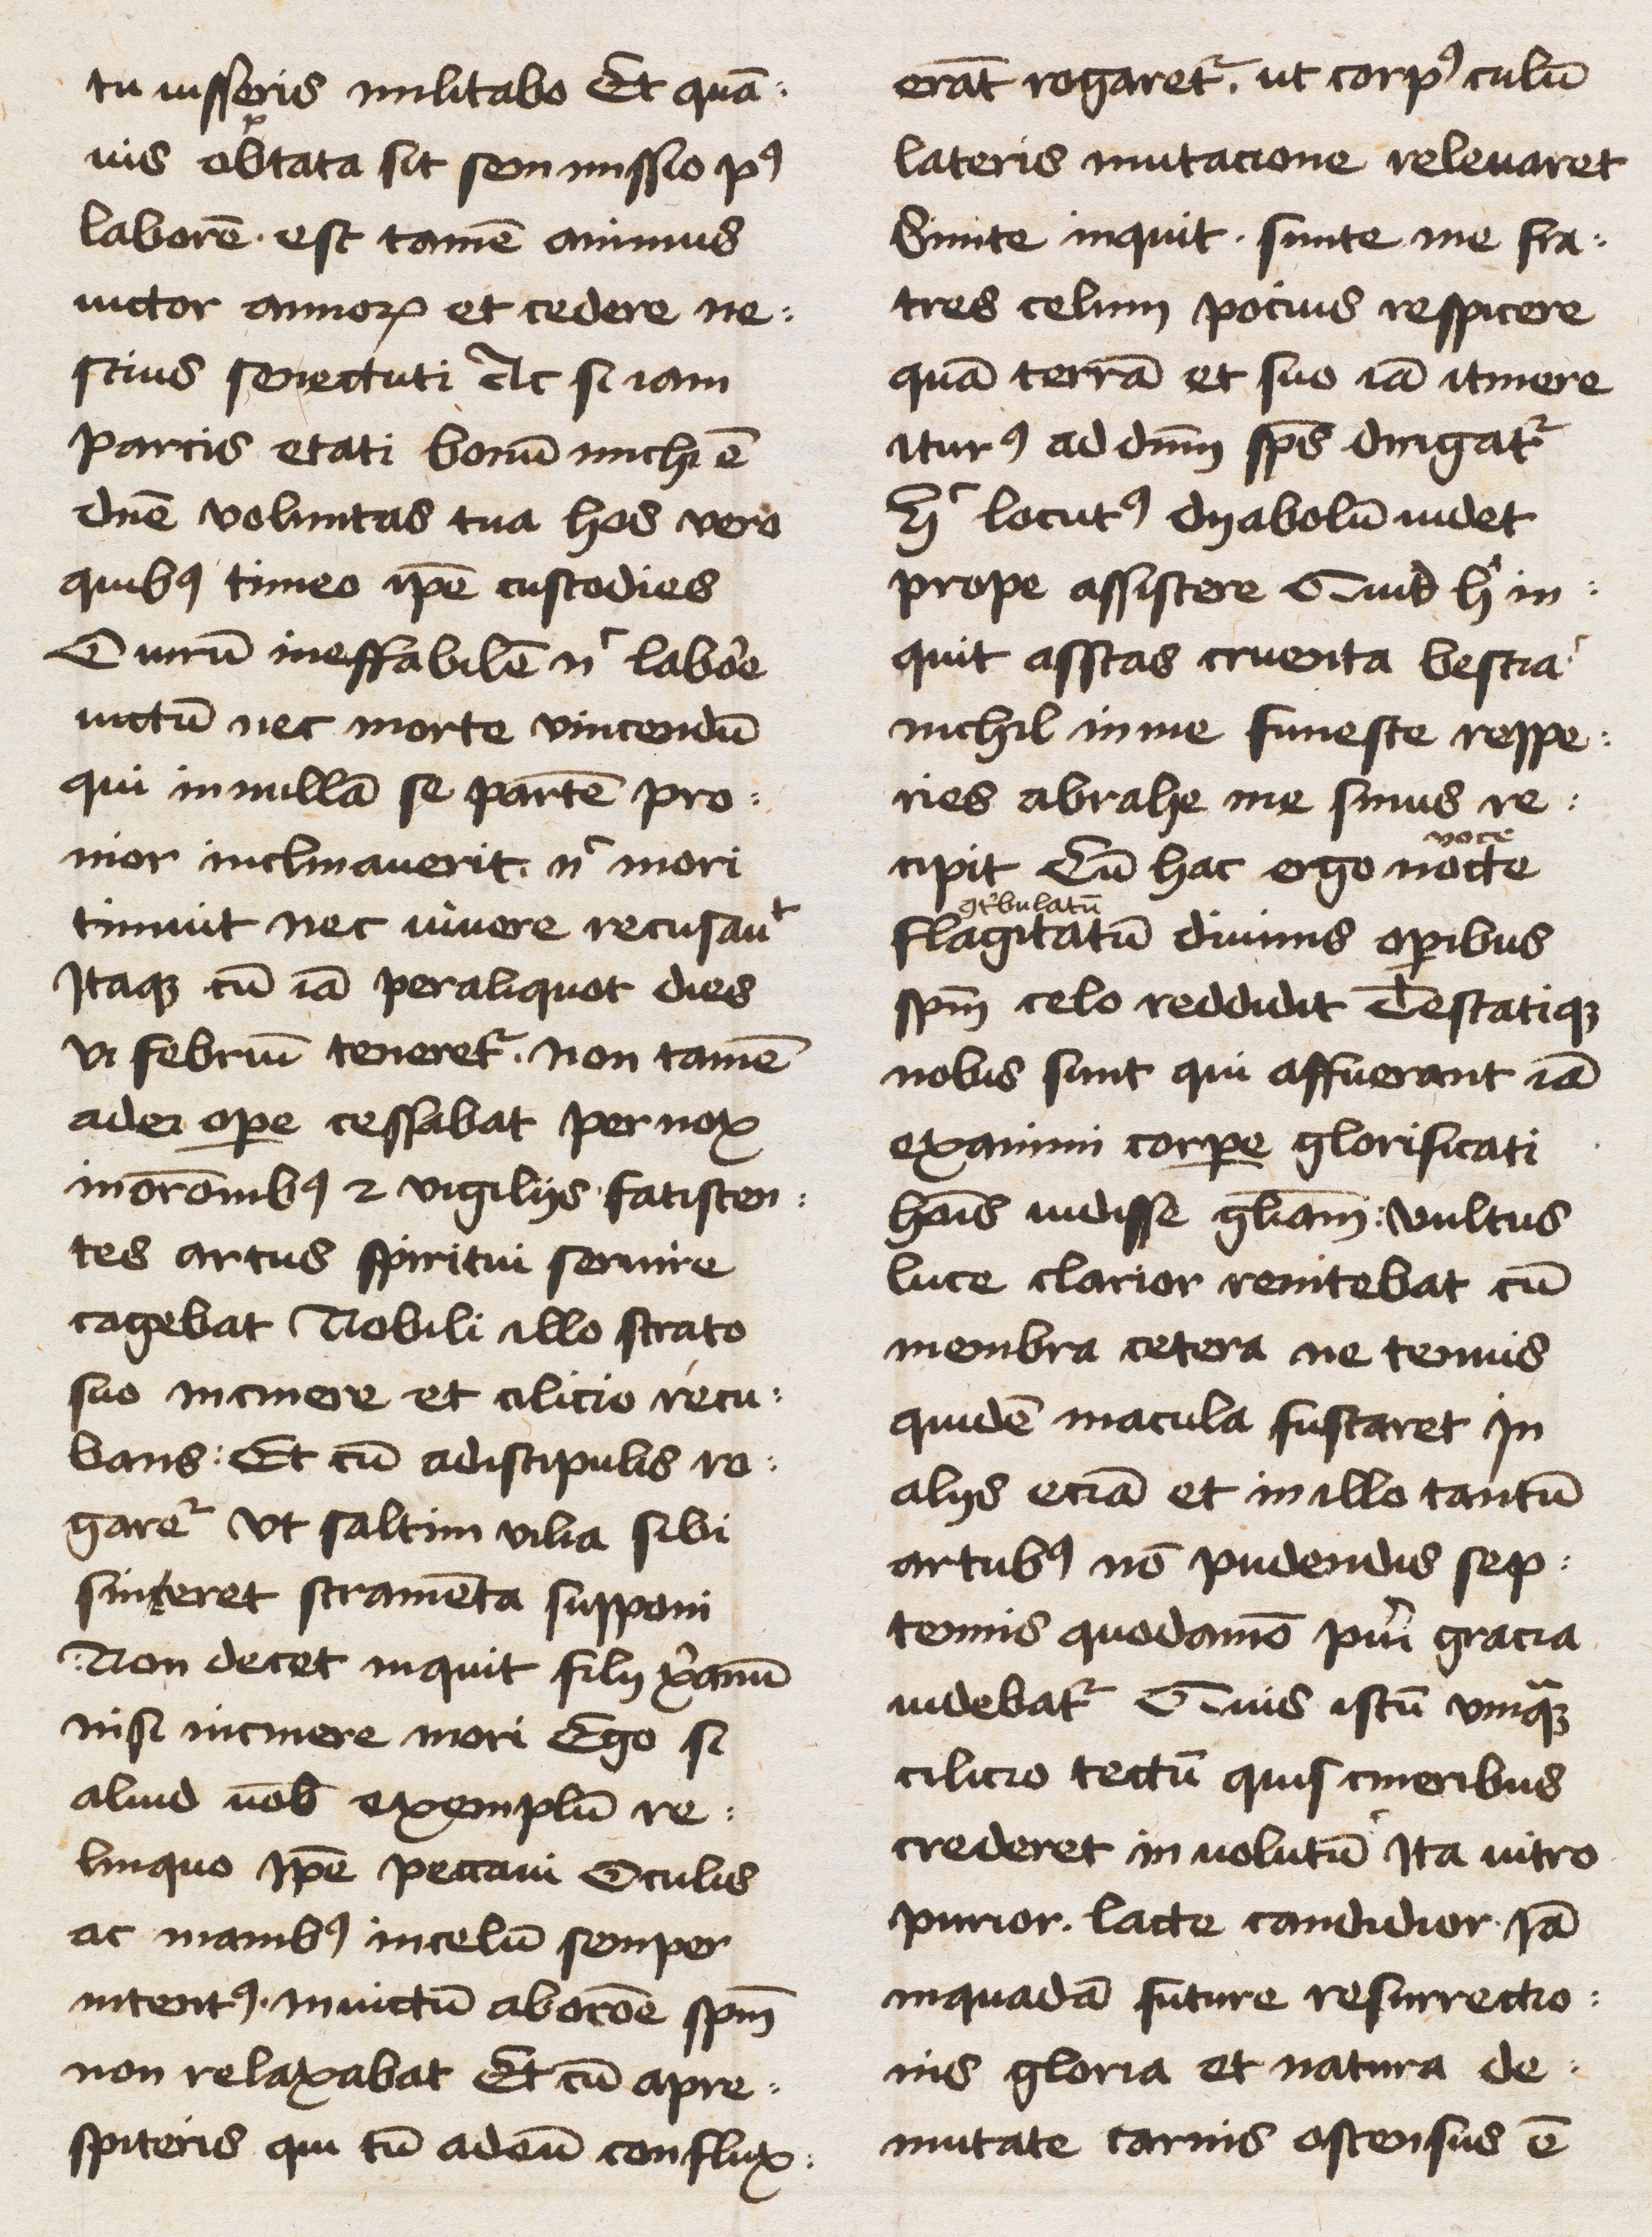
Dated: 1450–1499